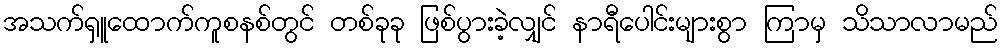
အသက်ရှူထောက်ကူစနစ်တွင် တစ်ခုခု ဖြစ်ပွားခဲ့လျှင် နာရီပေါင်းများစွာ ကြာမှ သိသာလာမည်